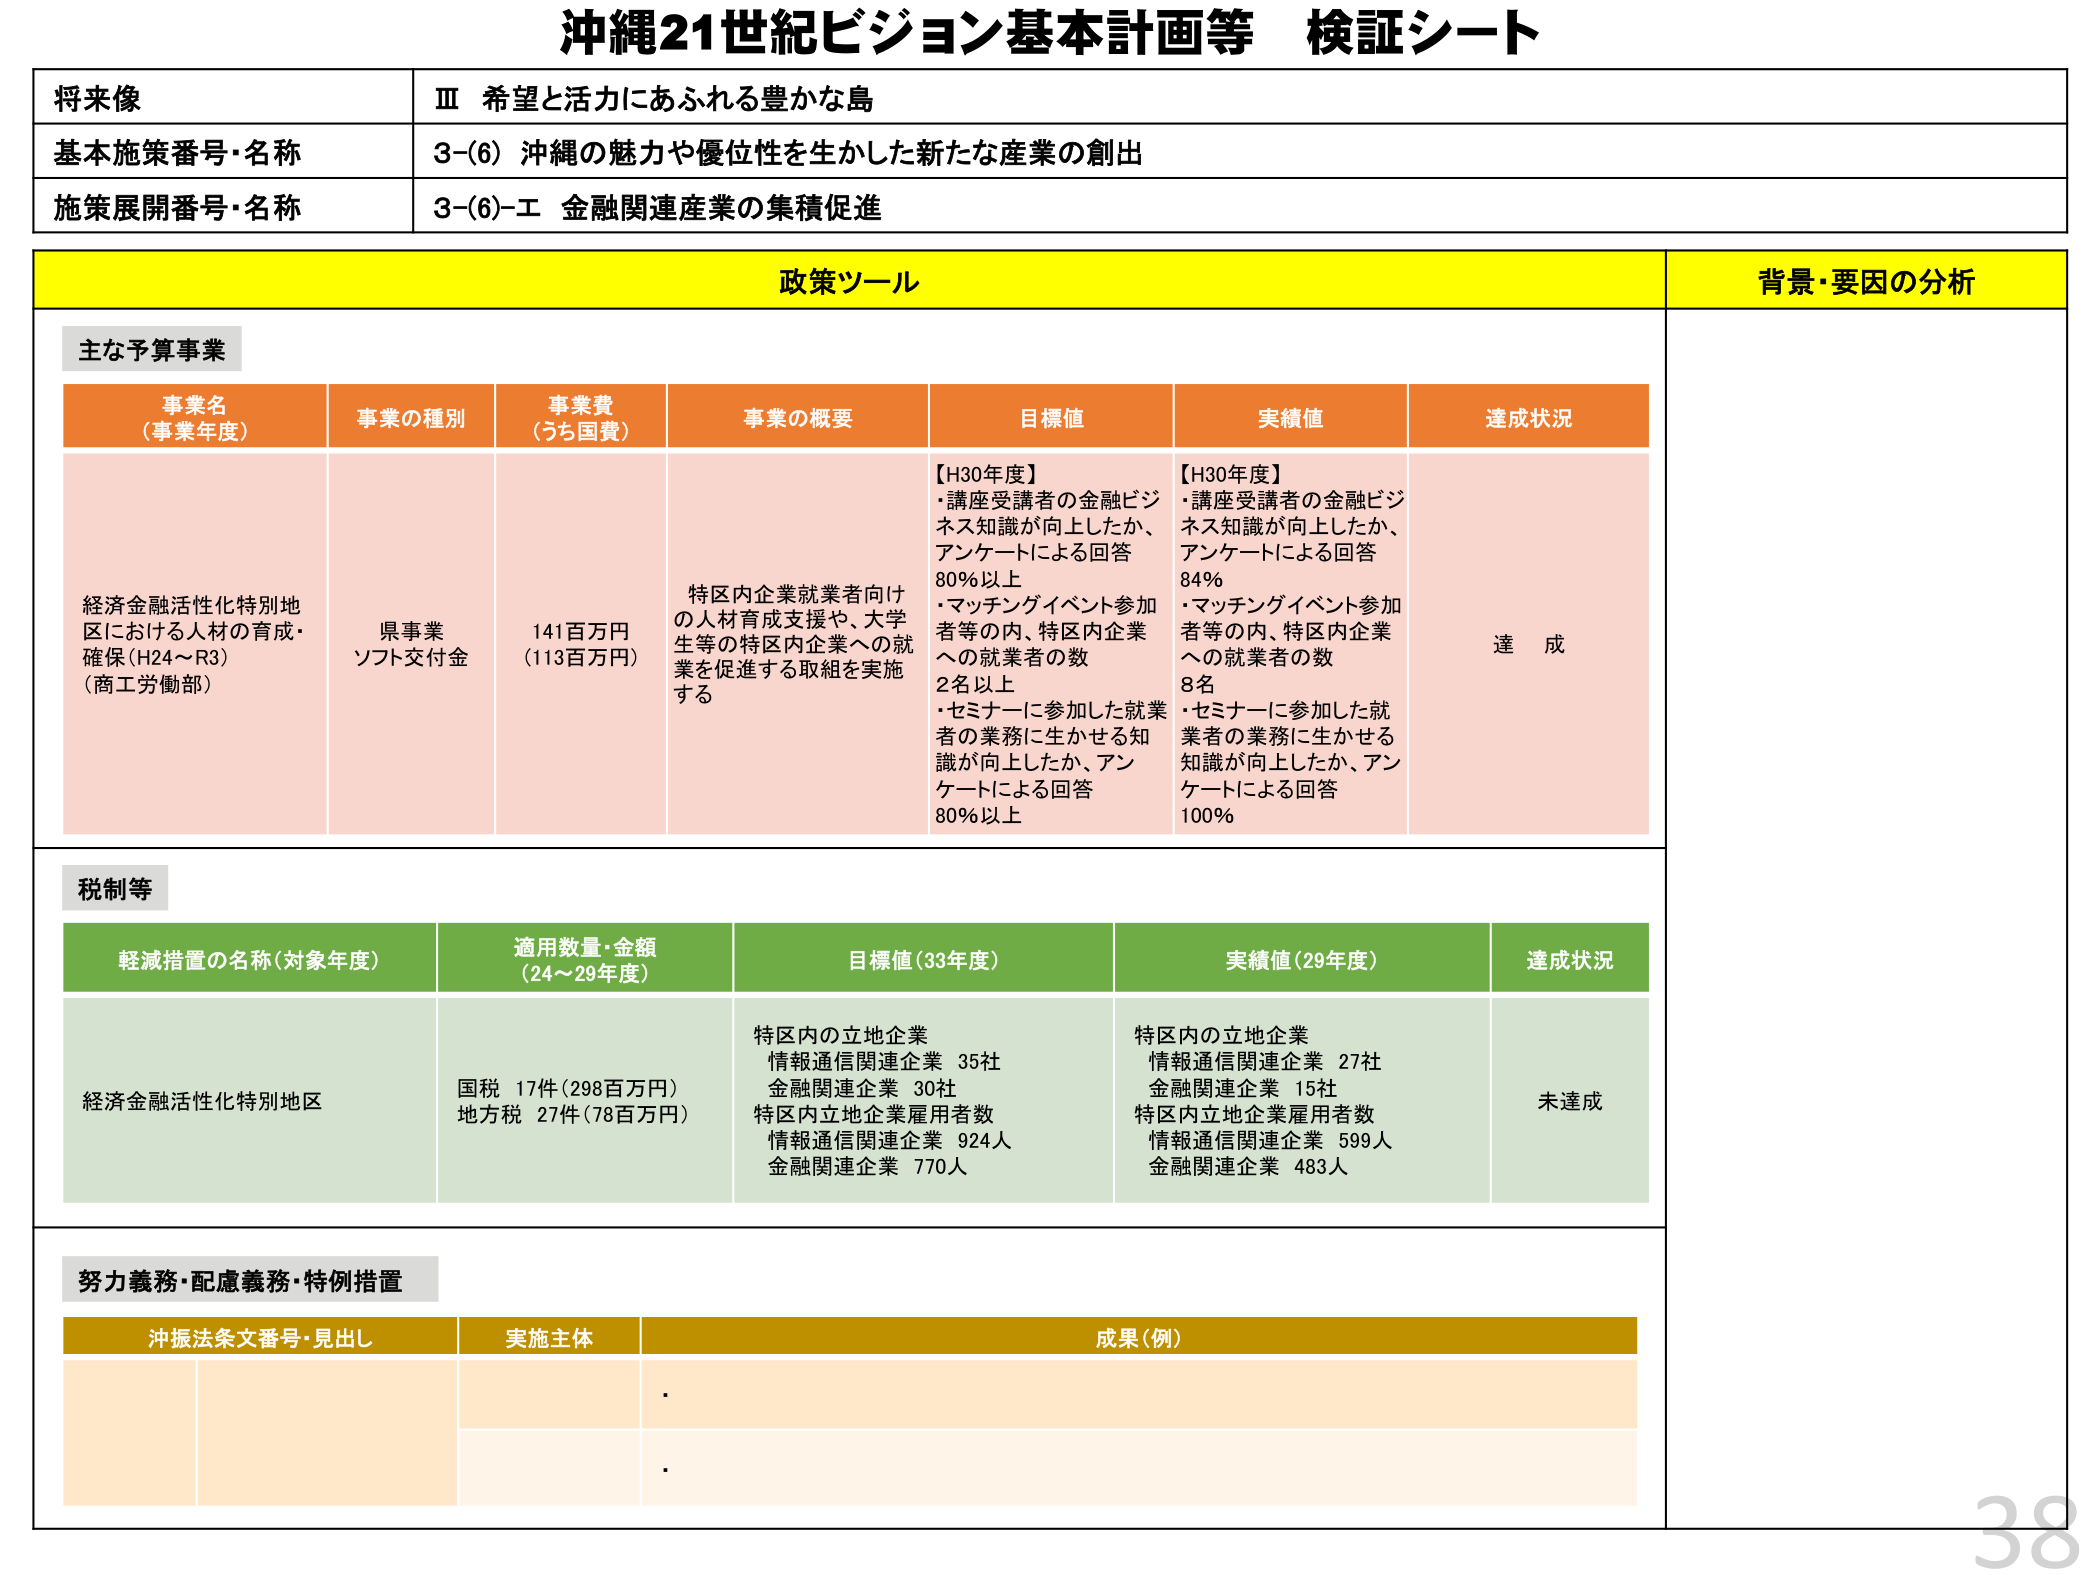
沖縄21世紀ビジョン基本計画等 検証シート

将来像
Ⅲ 希望と活力にあふれる豊かな島

基本施策番号・名称
3-(6) 沖縄の魅力や優位性を生かした新たな産業の創出

施策展開番号・名称
3-(6)-エ 金融関連産業の集積促進

政策ツール
背景・要因の分析

主な予算事業

事業名（事業年度）
経済金融活性化特別地区における人材の育成・確保（H24～R3）（商工労働部）

事業の種別
県事業
ソフト交付金

事業費（うち国費）
141百万円（113百万円）

事業の概要
特区内企業就業者向けの人材育成支援や、大学生等の特区内企業への就業を促進する取組を実施する

目標値
【H30年度】
・講座受講者の金融ビジネス知識が向上したか、アンケートによる回答 80％以上
・マッチングイベント参加者等の内、特区内企業への就業者の数 2名以上
・セミナーに参加した就業者の業務に生かせる知識が向上したか、アンケートによる回答 80％以上

実績値
【H30年度】
・講座受講者の金融ビジネス知識が向上したか、アンケートによる回答 84％
・マッチングイベント参加者等の内、特区内企業への就業者の数 8名
・セミナーに参加した就業者の業務に生かせる知識が向上したか、アンケートによる回答 100％

達成状況
達成

税制等

軽減措置の名称（対象年度）
経済金融活性化特別地区

適用数量・金額（24～29年度）
国税 17件（298百万円）
地方税 27件（78百万円）

目標値（33年度）
特区内の立地企業
情報通信関連企業 35社
金融関連企業 30社
特区内立地企業雇用者数
情報通信関連企業 924人
金融関連企業 770人

実績値（29年度）
特区内の立地企業
情報通信関連企業 27社
金融関連企業 15社
特区内立地企業雇用者数
情報通信関連企業 599人
金融関連企業 483人

達成状況
未達成

努力義務・配慮義務・特例措置

沖振法条文番号・見出し
実施主体
成果（例）
・
・

38